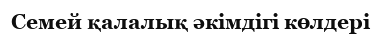
Семей қалалық әкімдігі көлдері